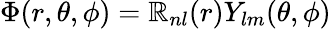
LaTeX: \Phi(r,\theta,\phi)=\mathbb{R}_{nl}(r)Y_{lm}(\theta,\phi)